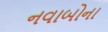
નવાબોના